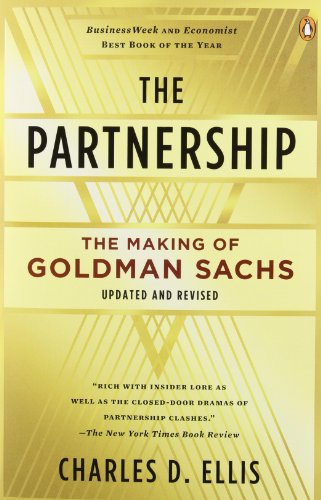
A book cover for The Partnership: The Making of Goldman Sachs; Charles D. Ellis; Business & Money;